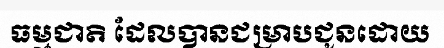
ធម្មជាតិ ដែលបានជម្រាបជូនដោយ